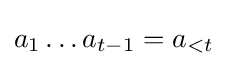
a_{1}\ldots a_{t-1}=a_{<t}